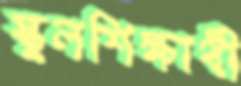
স্কুলশিক্ষার্থী